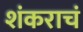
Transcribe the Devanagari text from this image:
शंकराचं